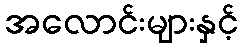
အလောင်းများနှင့်